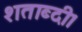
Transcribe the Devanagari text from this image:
शताब्दी।